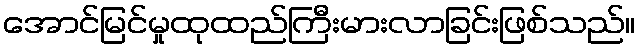
အောင်မြင်မှုထုထည်ကြီးမားလာခြင်းဖြစ်သည်။